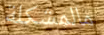
مالمشكلة